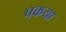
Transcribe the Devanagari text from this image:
पकया